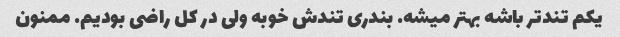
یکم تند‌تر باشه بهتر میشه. بندری تندش خوبه ولی در کل راضی بودیم. ممنون